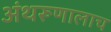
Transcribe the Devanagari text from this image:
अंथरूणालाच